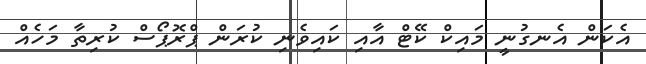
އެކަން އެނގުނީ މައިކް ކޭޓް އާއި ކައިވެނި ކުރަން ޕްރޮޕޯސް ކުރިތާ މަހެއް